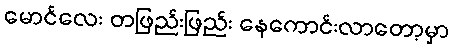
မောင်လေး တဖြည်းဖြည်း နေကောင်းလာတော့မှာ